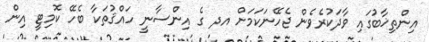
އިންތިޚާބުގައި ވާދަކުރެވެން ޖެހޭނަކަމަށް އދ ގެ އިންސާނީ ހައްޤުތަކާ ބެހޭ ކޮމިޓީ އިން